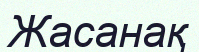
Жасанақ